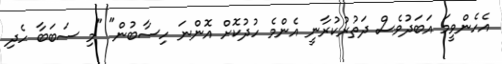
އެހެންވީމަ އަބަދުވެސް ދަތުރުކުރާނީ އެންމެ ހުދުކޮށް އޮންނަ ހިސާބުން" "މި ސަބަބާ ހެދި